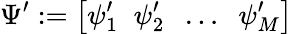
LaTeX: \Psi^{\prime}:=\big[\psi_{1}^{\prime}\; \; \psi_{2}^{\prime}\; \; \dots\; \; \psi_{M}^{\prime}\big]